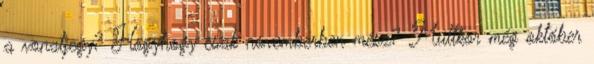
a vonatjegy? Hogyhogy csak novemberben mész? Múltkor még október